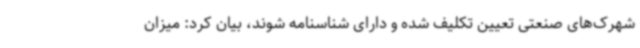
شهرک‌های صنعتی تعیین تکلیف شده و دارای شناسنامه شوند، بیان کرد: میزان